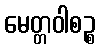
မေတ္တဝါစဉ္စ